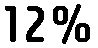
12%